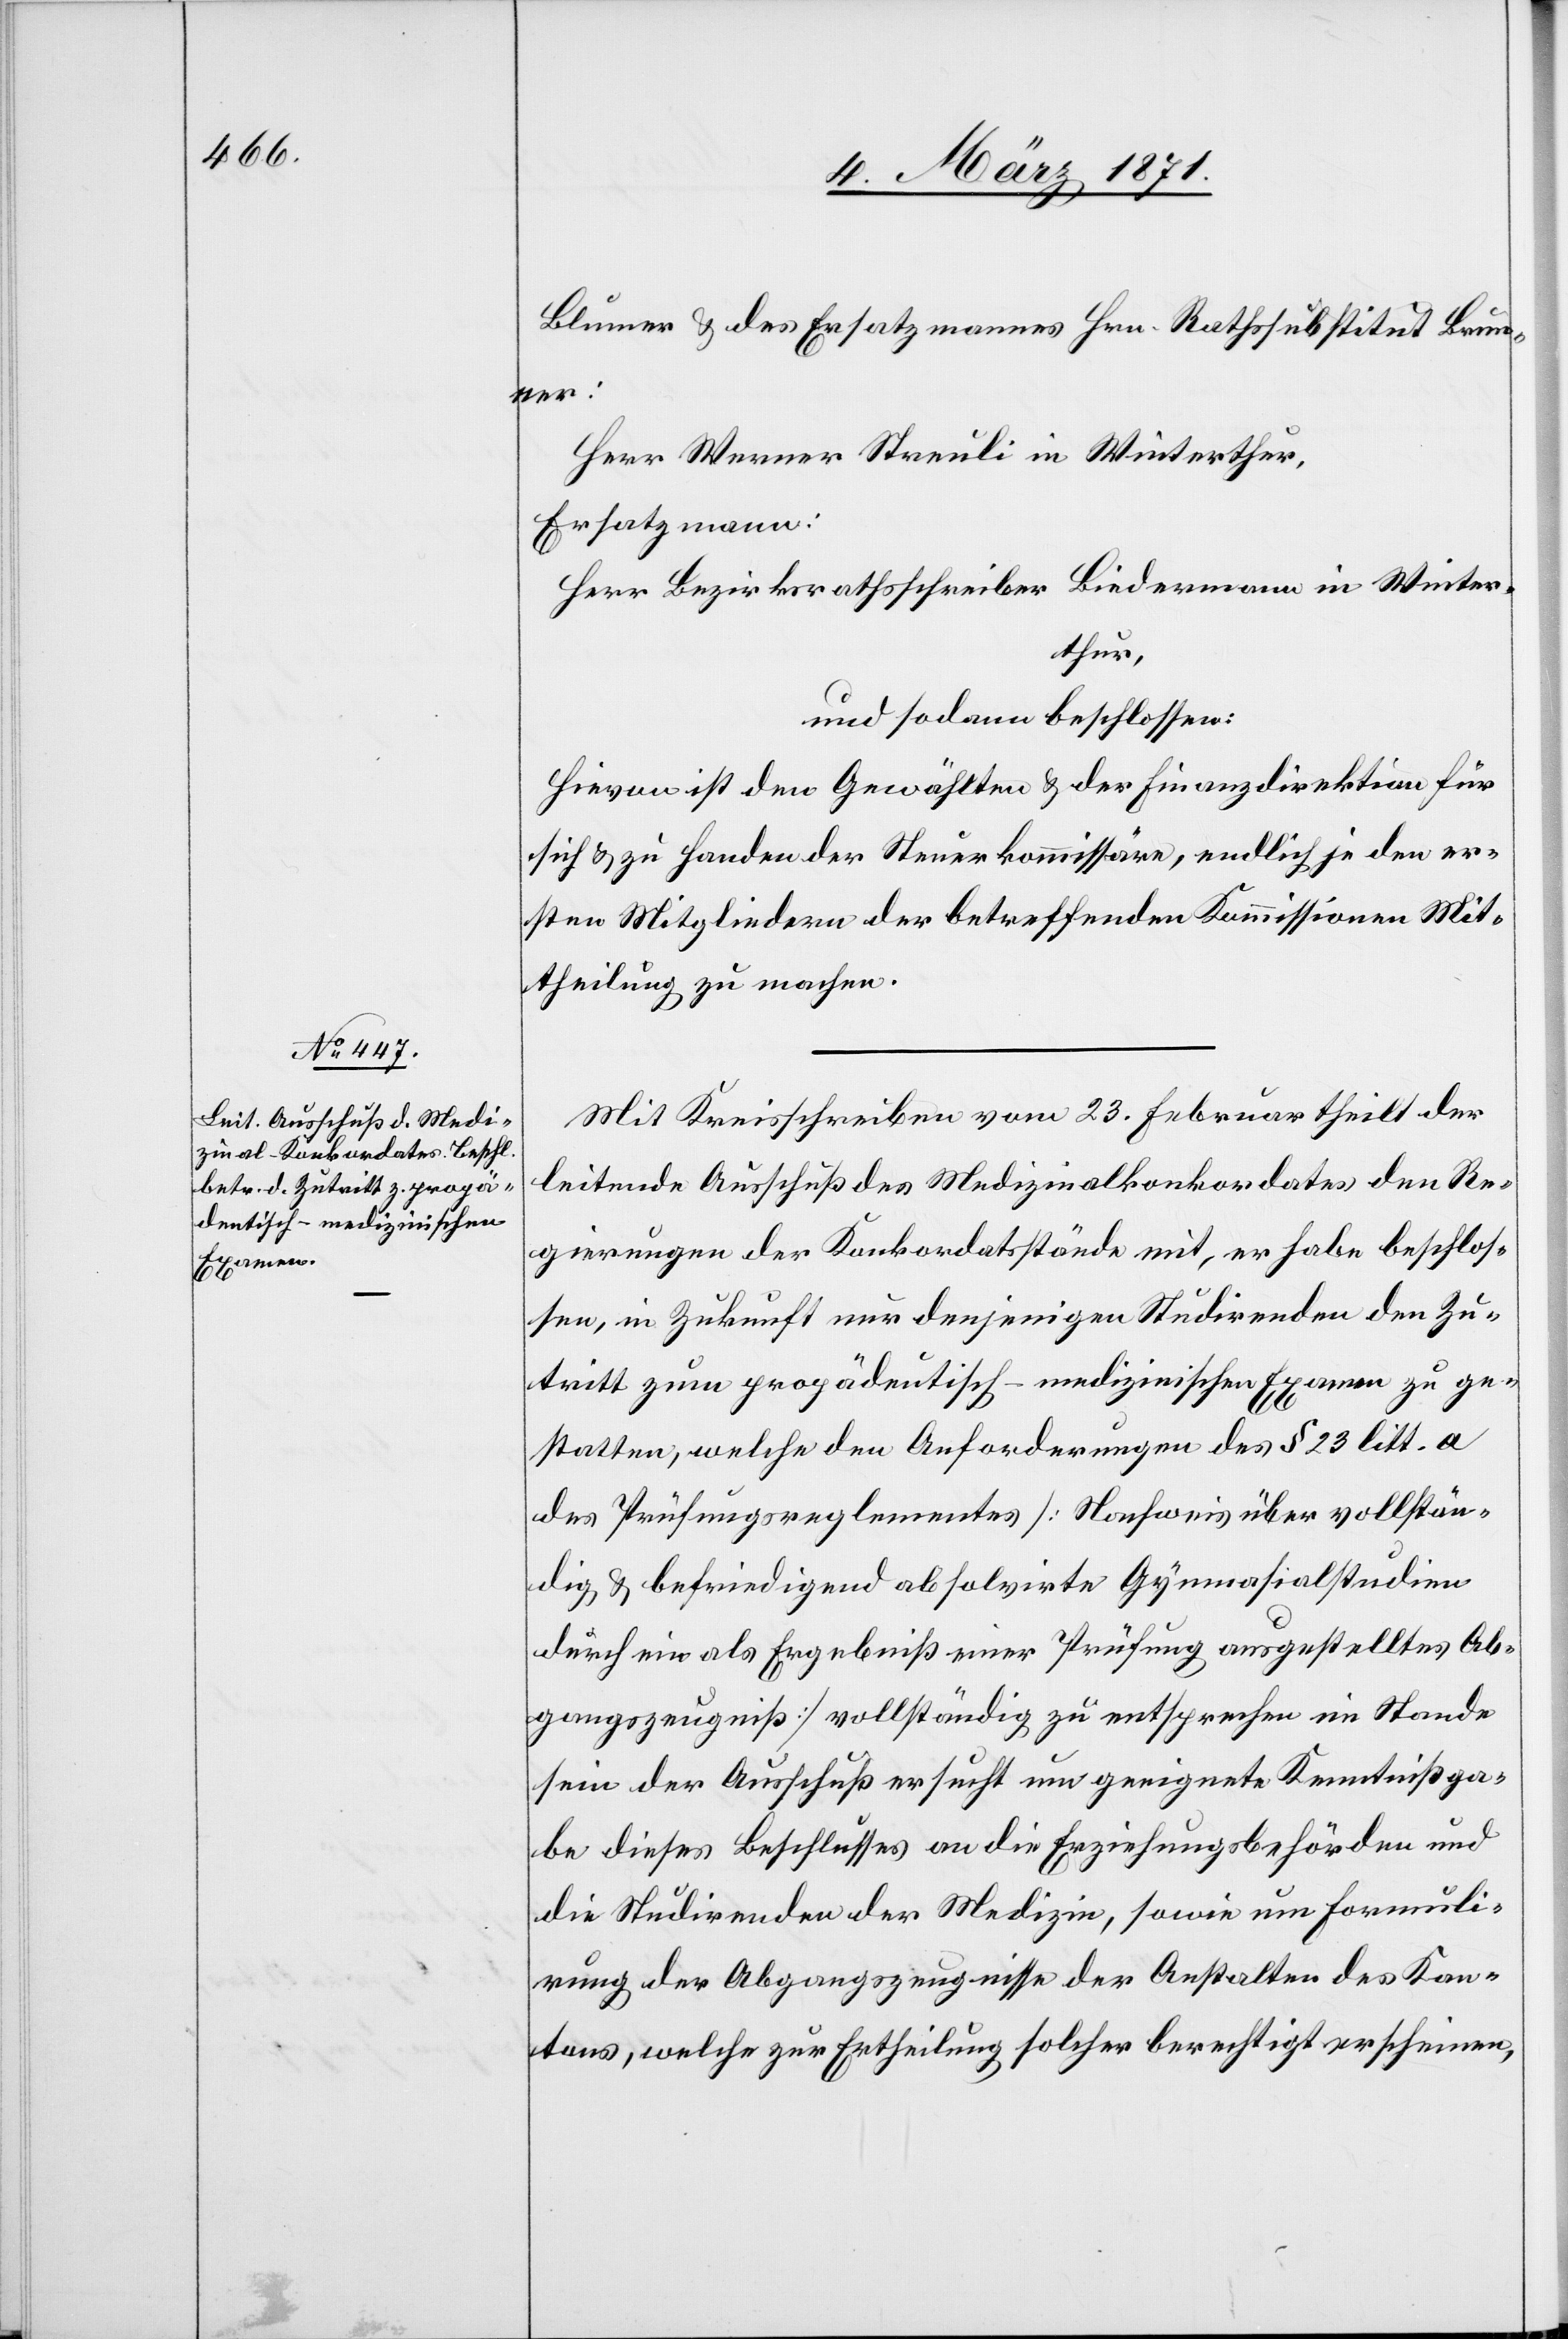
Blumer u. des Ersatzmannes Hrn. Rathssubstitut Brun¬
ner:
Herr Werner Streuli in Winterthur,
Ersatzmann:
Herr Bezirksrathsschreiber Biedermann in Winter¬
thur,
und sodann beschlossen:
Hievon ist den Gewählten u. der Finanzdirektion für
sich u. zu Handen der Steuerkommissäre, endlich je den er¬
sten Mitgliedern der betreffenden Kommissionen Mit¬
theilung zu machen.
Mit Kreisschreiben vom 23. Februar theilt der
leitende Ausschuß des Medizinalkonkordates den Re¬
gierungen der Konkordatsstände mit, er habe beschlos¬
sen, in Zukunft nur denjenigen Studirenden den Zu¬
tritt zum propädeutisch-medizinischen Examen zu ge¬
statten, welche den Anforderungen des § 23 litt. a
des Prüfungsreglementes [Nachweis über vollstän¬
dig u. befriedigend absolvirte Gymnasialstudien
durch ein als Ergebniß einer Prüfung ausgestelltes Ab¬
gangszeugniß] vollständig zu entsprechen im Stande
sein [,] der Ausschuß ersucht um geeignete Kenntnißga¬
be dieses Beschlusses an die Erziehungsbehörden und
die Studirenden der Medizin, sowie um Formuli¬
rung der Abgangszeugnisse der Anstalten des Kan¬
tons, welche zur Ertheilung solcher berechtigt erscheinen,